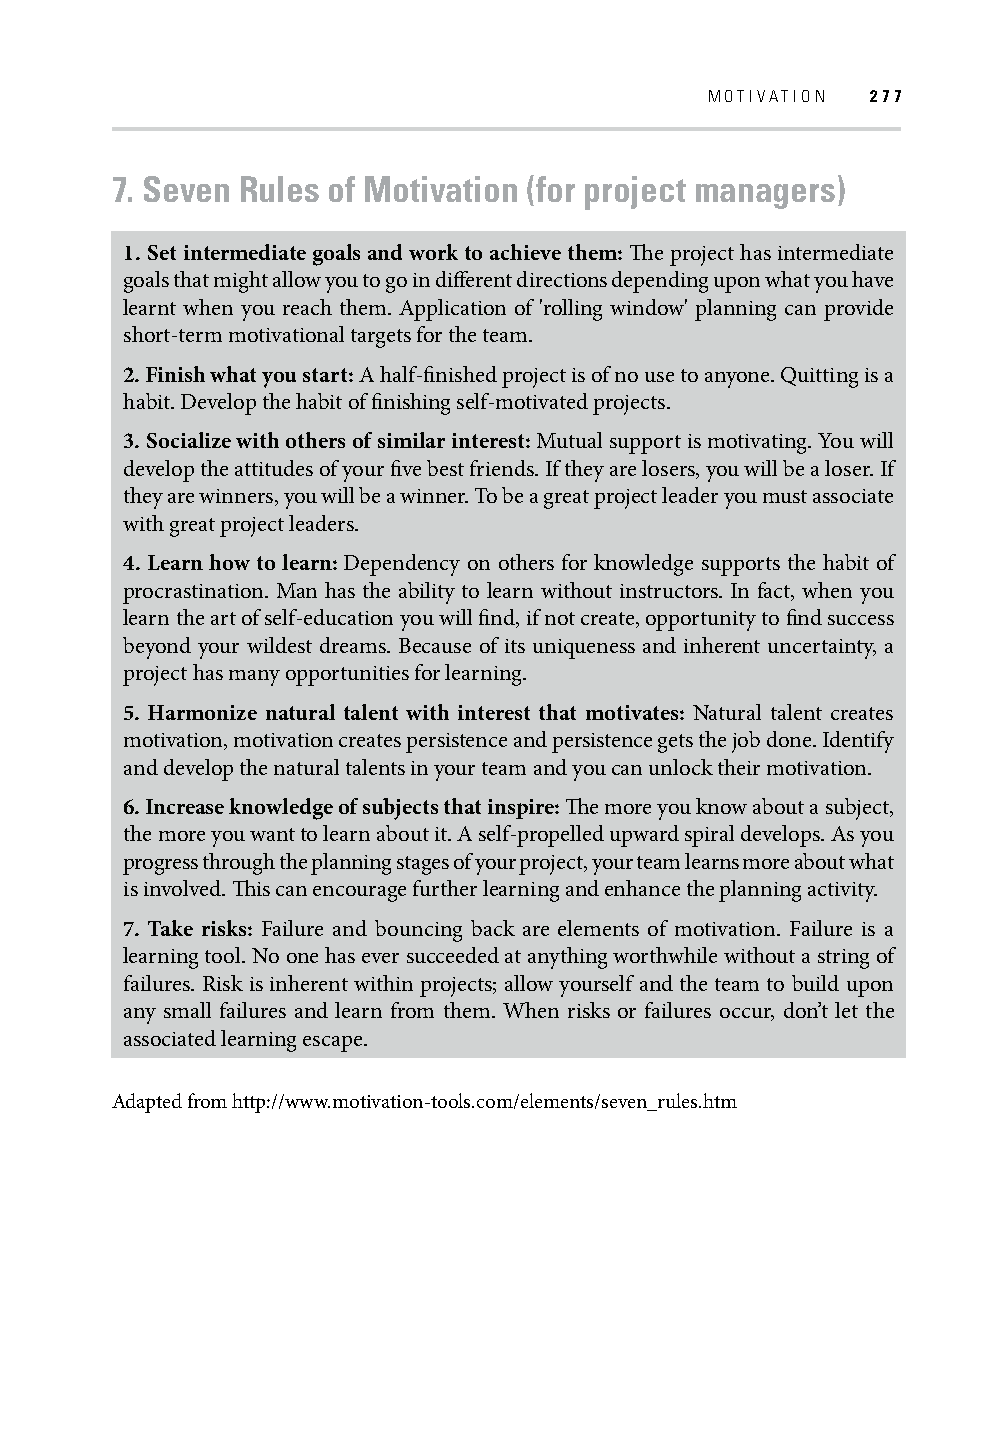
MOTIVATION 277
 7. Seven Rules of Motivation (for project managers)
 1. Set intermediate goals and work to achieve them: Th e project has intermediate
 goals that might allow you to go in diff erent directions depending upon what you have
 learnt when you reach them. Application of 'rolling window' planning can provide
 short-term motivational targets for the team.
 2. Finish what you start: A half-fi nished project is of no use to anyone. Quitting is a
 habit. Develop the habit of fi nishing self-motivated projects.
 3. Socialize with others of similar interest: Mutual support is motivating. You will
 develop the attitudes of your fi ve best friends. If they are losers, you will be a loser. If
 they are winners, you will be a winner. To be a great project leader you must associate
 with great project leaders.
 4. Learn how to learn: Dependency on others for knowledge supports the habit of
 procrastination. Man has the ability to learn without instructors. In fact, when you
 learn the art of self-education you will fi nd, if not create, opportunity to fi nd success
 beyond your wildest dreams. Because of its uniqueness and inherent uncertainty, a
 project has many opportunities for learning.
 5. Harmonize natural talent with interest that motivates: Natural talent creates
 motivation, motivation creates persistence and persistence gets the job done. Identify
 and develop the natural talents in your team and you can unlock their motivation.
 6. Increase knowledge of subjects that inspire: Th e more you know about a subject,
 the more you want to learn about it. A self-propelled upward spiral develops. As you
 progress through the planning stages of your project, your team learns more about what
 is involved. Th is can encourage further learning and enhance the planning activity.
 7. Take risks: Failure and bouncing back are elements of motivation. Failure is a
 learning tool. No one has ever succeeded at anything worthwhile without a string of
 failures. Risk is inherent within projects; allow yourself and the team to build upon
 any small failures and learn from them. When risks or failures occur, don’t let the
 associated learning escape.
 Adapted from http://www.motivation-tools.com/elements/seven_rules.htm